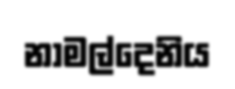
නාමල්දෙනිය